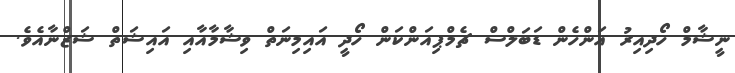
ނީޝާމް ހޯދިއިރު އަންހެން ޑަބަލްސް ޗެމްޕިއަންކަން ހޯދީ އައިމިނަތް ވިޝާމާއާއި އައިޝަތް ޝަޒްނާއެވެ.